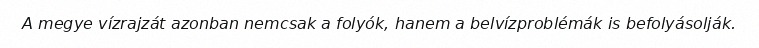
A megye vízrajzát azonban nemcsak a folyók, hanem a belvízproblémák is befolyásolják.